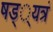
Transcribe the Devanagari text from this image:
षड््यत्रं